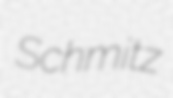
Schmitz